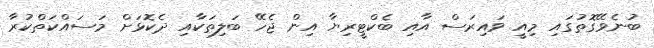
ބުނެވޭގޮތުގައި މިއީ ވައިރަސް އާއި ބެކްޓީރިޔާ އިން ޖެހޭ ބަލިތަކާއި ދެކޮޅަށް މަސައްކަތްކުރާ